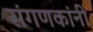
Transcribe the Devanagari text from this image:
संगणकांनी